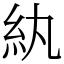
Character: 紈